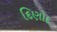
દિણોદ